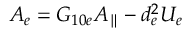
A _ { e } = G _ { 1 0 e } A _ { \parallel } - d _ { e } ^ { 2 } U _ { e }